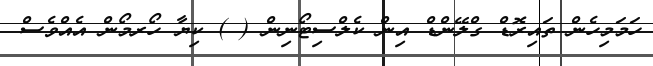
ހަމަމިހެން ތައިރޮޑް ގްލޭންޑް އިން ކެލްސިޓޯނިން ( ) ކިޔާ ހޯރމޯން އެއްވެސް